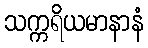
သက္ကရိယမာနာနံ